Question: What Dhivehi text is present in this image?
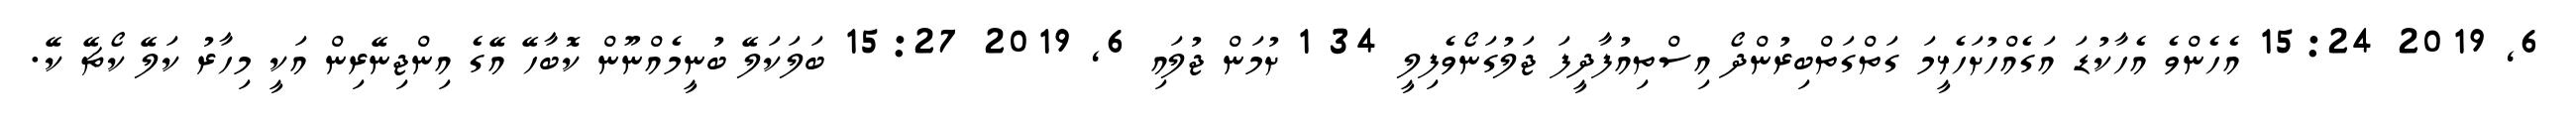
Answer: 6, 2019 15:24 އެހެންވެ އެހާކުޑަ އަގެއްހުށަހެޅީމަ ގަތްގަތްބިރުންދޯ އިސްތިއުފާދީފަ ޖަލުގަނޯވެފިލީ 34 1 ށުމަން ޖުލައި 6, 2019 15:27 ބަލަކަލޭ ބުނީމެއްނޫން ކޮބާހޭ އޭގެ އިންޖިނޭރިން އަކީ މިހާރު ކަލޭ ކޯޗޭ ކޭ.